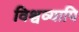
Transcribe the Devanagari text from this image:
विश्वव्यापि